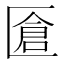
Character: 𠥐